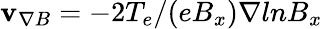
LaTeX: {\mathbf v}_{\nabla B}=-2T_{e}/(eB_{x})\nabla lnB_{x}